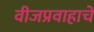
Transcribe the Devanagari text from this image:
वीजप्रवाहाचे